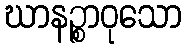
ဃာနဉ္စာဝုသော